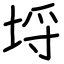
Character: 埒